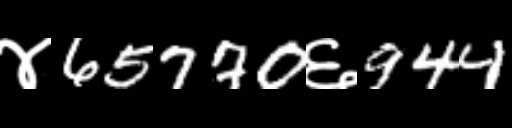
Text: ४65770६944